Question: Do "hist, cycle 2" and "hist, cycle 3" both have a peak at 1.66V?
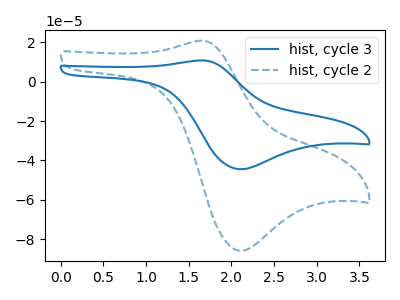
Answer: <think>The blue curve "hist, cycle 3" has an anodic peak at (1.65V, 10.75uA) and a cathodic peak at (2.10V, -44.45uA). The blue dashed curve "hist, cycle 2" has an anodic peak at (1.65V, 20.70uA) and a cathodic peak at (2.10V, -85.75uA).</think>
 <answer>Yes, "hist, cycle 2" and "hist, cycle 3" share a peak at 1.66V.</answer>
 <eval>match</eval>